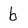
Character: b